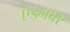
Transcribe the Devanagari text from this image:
एड्नवर